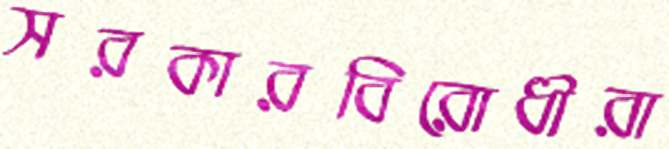
সরকারবিরোধীরা